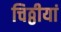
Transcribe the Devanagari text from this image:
चिठ्ठीयां